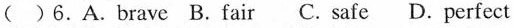
( )6.A.Brave B.Fair C. Safe D. Perfect